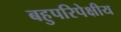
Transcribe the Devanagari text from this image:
बहुपरिपेक्षीय